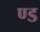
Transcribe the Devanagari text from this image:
ण्ड